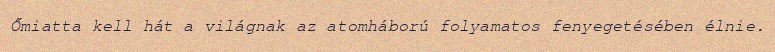
Őmiatta kell hát a világnak az atomháború folyamatos fenyegetésében élnie.